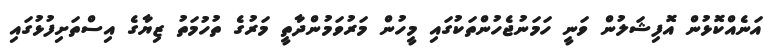
އަނެއްކޮޅުން އޮފިޝަލުން ވަނީ ހަމަނުޖެހުންތަކުގައި މީހުން މަރުވަމުންދާތީ މަރުގެ ތުހުމަތު ޒިޔާގެ އިސްތަށިފުޅުގައި